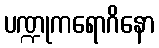
ပဏ္ဍုကရောဂိနော